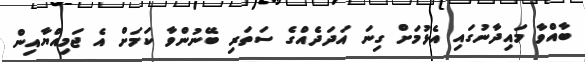
ބާއްވާ މައިދާނުގައި އެޅުމަށް ގިނަ އަދަދެއްގެ ސަތަރި ބޭނުންވާ ކަމަށް އެ ޖަމިއްޔާއިން